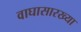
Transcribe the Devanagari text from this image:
वाघासारख्या